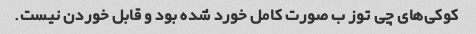
کوکی‌های چی توز ب صورت کامل خورد شده بود و قابل خوردن نیست.